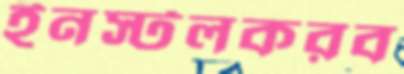
ইনস্টলকরব